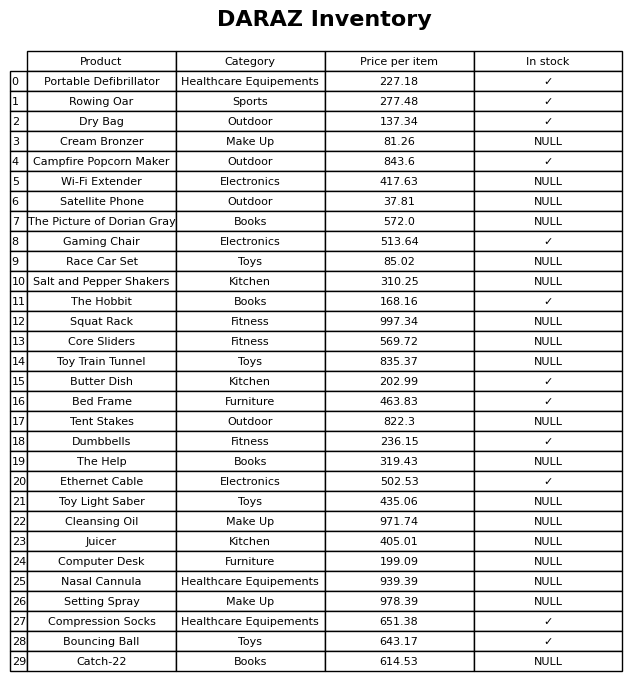
question: Which products are available in stock?
answer: Portable Defibrillator, Rowing Oar, Dry Bag, Campfire Popcorn Maker, Gaming Chair, The Hobbit, Butter Dish, Bed Frame, Dumbbells, Ethernet Cable, Compression Socks, Bouncing Ball